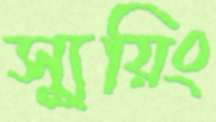
স্যুয়িং